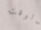
الوقت